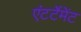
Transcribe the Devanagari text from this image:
एंटर्टेमेंट